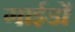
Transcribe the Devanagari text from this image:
गाईडों